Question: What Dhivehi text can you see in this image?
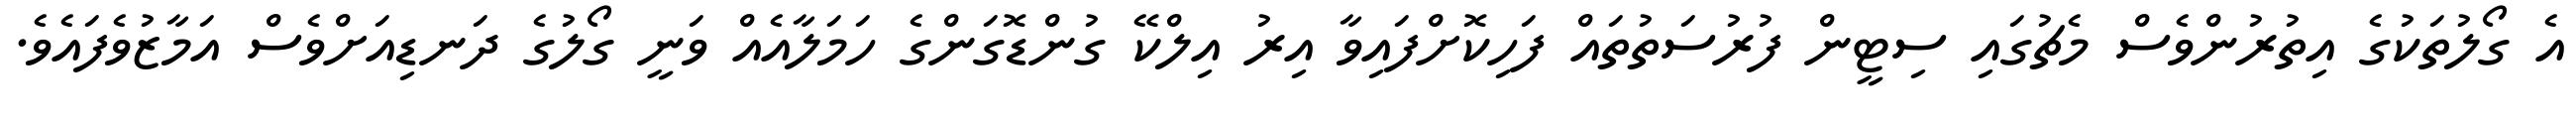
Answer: އެ ގޯލުތަކުގެ އިތުރުންވެސް މެޗުގައި ސިޓީން ފުރުސަތުތައް ފަހިކޮށްފައިވާ އިރު އިލްކޭ ގުންޑޮގަންގެ ހަމަލާއެއް ވަނީ ގޯލުގެ ދަނޑިއަށްވެސް އަމާޒުވެފައެވެ.